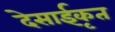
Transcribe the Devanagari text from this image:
देसाईकृत